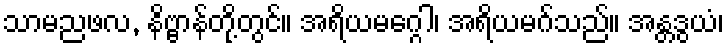
သာမညဖလ, နိဗ္ဗာန်တို့တွင်။ အရိယမဂ္ဂေါ၊ အရိယမဂ်သည်။ အန္တဒွယံ၊